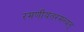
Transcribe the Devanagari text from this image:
रमणीयतरमन्यत्